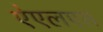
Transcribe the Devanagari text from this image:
ऐएलएस